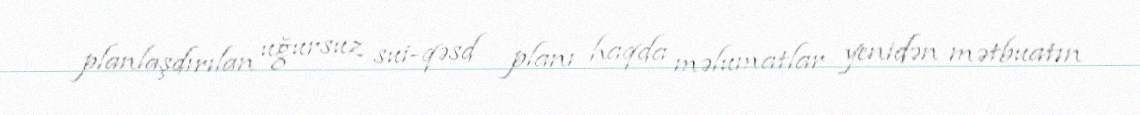
planlaşdırılan uğursuz sui-qəsd planı haqda məlumatlar yenidən mətbuatın